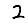
Digit: 2